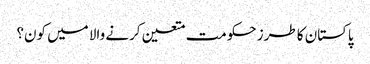
پاکستان کا طرز حکومت متعین کرنے والا میں کون؟